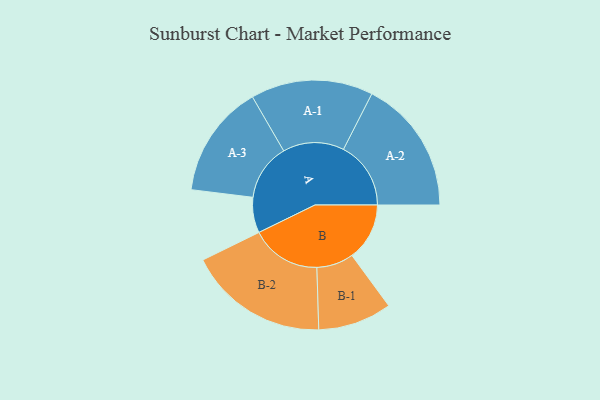
{"axis": {"x": "Segment", "y": "Value"}, "legend": ["", "A", "B"], "data": [{"x": "A", "y": 148, "type": ""}, {"x": "B", "y": 240, "type": ""}, {"x": "A-1", "y": 255, "type": "A"}, {"x": "A-2", "y": 281, "type": "A"}, {"x": "A-3", "y": 236, "type": "A"}, {"x": "B-1", "y": 154, "type": "B"}, {"x": "B-2", "y": 293, "type": "B"}]}